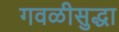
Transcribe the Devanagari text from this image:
गवळीसुद्धा